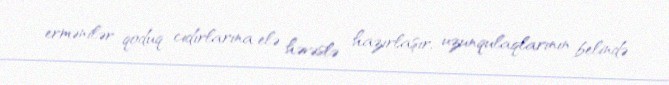
ermənilər qoduq cıdırlarına elə həvəslə hazırlaşır, uzunqulaqlarının belində